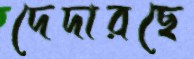
দেদারছে